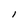
Character: l